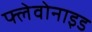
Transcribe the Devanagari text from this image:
फ्लेवोनाइड